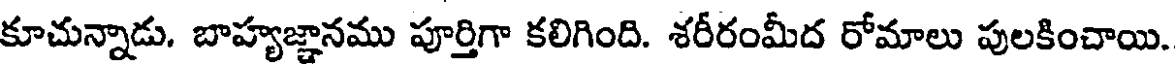
కూచున్నాడు. బాహ్యజ్ఞానము పూర్తిగా కలిగింది. శరీరంమీద రోమాలు పులకించాయి.